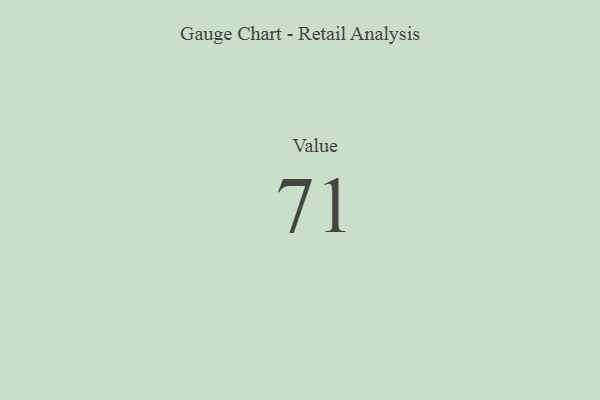
{"axis": {"x": "Metric", "y": "Value"}, "legend": [""], "data": [{"x": "Value", "y": 71, "type": ""}]}